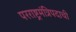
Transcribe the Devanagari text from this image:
परराष्ट्रमंत्रिपदाची